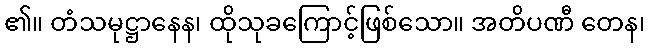
၏။ တံသမုဋ္ဌာနေန၊ ထိုသုခကြောင့်ဖြစ်သော။ အတိပဏီ တေန၊